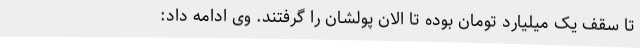
تا سقف یک میلیارد تومان بوده تا الان پولشان را گرفتند. وی ادامه داد: